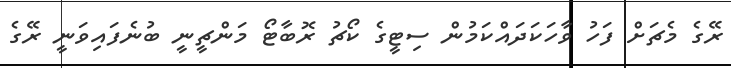
ރޭގެ މެޗަށް ފަހު ވާހަކަދައްކަމުން ސިޓީގެ ކޯޗު ރޮބާޓޯ މަންޗީނީ ބުނެފައިވަނީ ރޭގެ